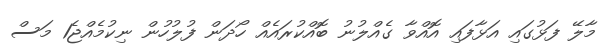
މާލޭ ފަޅުގައި އަޅާފައި އޮއްވާ ގެއްލުނު ބޮއްކުރައެއް ހޯދަން ފުލުހުން ނިކުމެއްޖެ1 މަސް